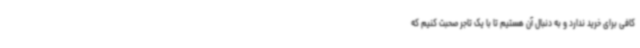
کافی برای خرید ندارد و به دنبال آن هستیم تا با یک تاجر صحبت کنیم که